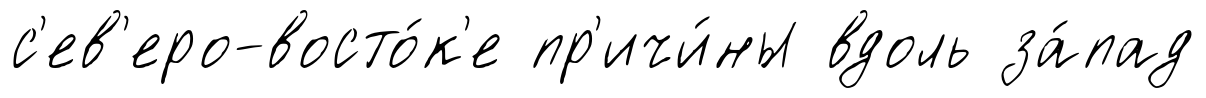
с'ев'еро-восто́к'е пр'ичи́ны вдоль за́пад